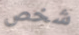
شخص